Report of the Indian Hemp Drugs Commission, 1894-1895 - Volume VI
Year: 1894
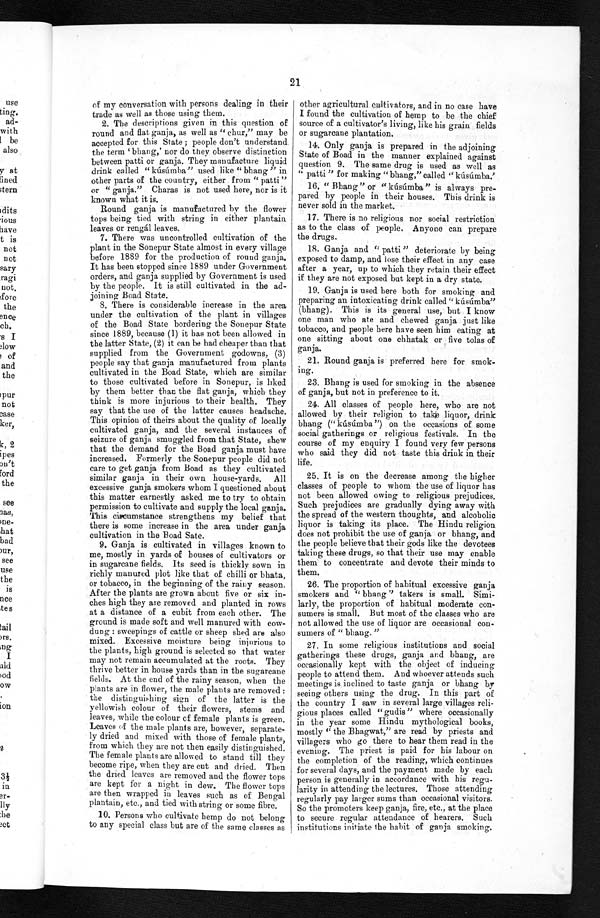
other agricultural cultivators, and in no case have
I found the cultivation of hemp to be the chief
21
of my conversation with persons dealing in their
trade as well as those using them.
2. The descriptions given in this question of
round and flat ganja, as well as "chur," may be
accepted for this State; people don't understand
the term 'bhang,' nor do they observe distinction
between patti or ganja. They manufacture liquid
drink called "kúsúmba" used like "bhang" in
other parts of the country, either from "patti"
or "ganja." Charas is not used here, nor is it
known what it is.
Round ganja is manufactured by the flower
tops being tied with string in either plantain
leaves or rengál leaves.
7. There was uncontrolled cultivation of the
plant in the Sonepur State almost in every village
before 1889 for the production of round ganja
.
It has been stopped since 1889 under Government
orders, and ganja supplied by Government is used
by the people. It is still cultivated in the ad
-
joining Boad State.
8. There is considerable increase in the area
under the cultivation of the plant in villages
of the Boad State bordering the Sonepur State
since 1889, because (1) it has not been allowed in
the latter State, (2) it can be had cheaper than that
supplied from the Government godowns, (3)
people say that ganja manufactured from plants
cultivated in the Boad State, which are similar
to those cultivated before in Sonepur, is liked
by them better than the flat ganja, which they
think is more injurious to their health. They
say that the use of the latter causes headache.
This opinion of theirs about the quality of locally
cultivated ganja, and the several instances of
seizure of ganja smuggled from that State, shew
that the demand for the Boad ganja must have
increased. Formerly the Sonepur people did not
care to get ganja from Boad as they cultivated
similar ganja in their own house-yards. All
excessive ganja smokers whom I questioned about
this matter earnestly asked me to try to obtain
permission to cultivate and supply the local ganja.
This circumstance strengthens my belief that
there is some increase in the area under ganja
cultivation in the Boad Sate.
9. Ganja is cultivated in villages known to
me, mostly in yards of houses of cultivators or
in sugarcane fields. Its seed is thickly sown in
richly manured plot like that of chilli or bhata,
or tobacco, in the beginning of the rainy season.
After the plants are grown about five or six in
-
ches high they are removed and planted in rows
at a distance of a cubit from each other. The
ground is made soft and well manured with cow-
dung: sweepings of cattle or sheep shed are also
mixed. Excessive moisture being injurious to
the plants, high ground is selected so that water
may not remain accumulated at the roots. They
thrive better in house yards than in the sugarcane
fields. At the end of the rainy season, when the
plants are in flower, the male plants are removed:
the distinguishing sign of the latter is the
yellowish colour of their flowers, stems and
leaves, while the colour of female plants is green.
Leaves of the male plants are, however, separate
-
ly dried and mixed with those of female plants,
from which they are not then easily distinguished.
The female plants are allowed to stand till they
become ripe, when they are cut and dried. Then
the dried leaves are removed and the flower tops
are kept for a night in dew. The flower tops
are then wrapped in leaves such as of Bengal
plantain, etc., and tied with string or some fibre.
10. Persons who cultivate hemp do not belong
to any special class but are of the same classes as
source of a cultivator's living, like his grain fields
or sugarcane plantation.
14. Only ganja is prepared in the adjoining
State of Boad in the manner explained against
question 9. The same drug is used as well as
"patti" for making "bhang," called "
K ú s ú m b a . "
16. "Bhang" or "kúsúmba" is always pre-
pared by people in their houses. This drink is
never sold in the market.
17. There is no religious nor social restriction
as to the class of people. Anyone can prepare
the drugs.
18. Ganja and "patti" deteriorate by being
exposed to damp, and lose their effect in any case
after a year, up to which they retain their effect
if they are not exposed but kept in a dry state.
19. Ganja is used here both for smoking and
preparing an intoxicating drink called "kúsúmba"
(bhang). This is its general use, but I know
one man who ate and chewed ganja just like
tobacco, and people here have seen him eating at
one sitting about one chhatak or five tolas of
ganja.
21. Round ganja is preferred here for smok
-
ing.
23. Bhang is used for smoking in the absence
of ganja, but not in preference to it
.
24. All classes of people here, who are not
allowed by their religion to take liquor, drink
bhang ("kúsúmba") on the occasions of some
social gatherings or religious festivals. In the
course of my enquiry I found very few persons
who said they did not taste this drink in their
life.
25. It is on the decrease among the higher
classes of people to whom the use of liquor has
not been allowed owing to religious prejudices.
Such prejudices are gradually dying away with
the spread of the western thoughts, and alcoholic
liquor is taking its place. The Hindu religion
does not prohibit the use of ganja or bhang, and
the people believe that their gods like the devotees
taking these drugs, so that their use may enable
them to concentrate and devote their minds to
them.
26. The proportion of habitual excessive ganja
smokers and "bhang" takers is small. Simi
-
larly, the proportion of habitual moderate con
-
sumers is small. But most of the classes who are
not allowed the use of liquor are occasional con
-
sumers of "bhang."
27. In some religious institutions and social
gatherings these drugs, ganja and bhang, are
occasionally kept with the object of inducing
people to attend them. And whoever attends such
meetings is inclined to taste ganja or bhang by
seeing others using the drug. In this part of
the country I saw in several large villages reli-
-
gious places called "gudis" where occasionally
in the year some Hindu mythological books,
mostly "the Bhagwat," are read by priests and
villagers who go there to hear them read in the
evening. The priest is paid for his labour on
the completion of the reading, which continues
for several days, and the payment made by each
person is generally in accordance with his regu
-
larity in attending the lectures. Those attending
regularly pay larger sums than occasional visitors.
So the promoters keep ganja, fire, etc., at the place
to secure regular attendance of hearers. Such
institutions initiate the habit of ganja smoking.